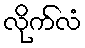
လိုက်လံ